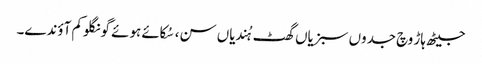
جیٹھ ہاڑ وچ جدوں سبزیاں گھٹ ہُندیاں سن، سُکائے ہوئے گونگلو کم آؤندے۔